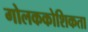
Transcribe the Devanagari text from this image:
गोलककोशिकता